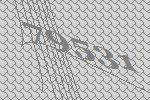
79531